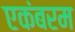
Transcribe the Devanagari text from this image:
एकंबरम